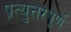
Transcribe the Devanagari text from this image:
प्रत्युत्तरपूर्ण